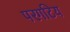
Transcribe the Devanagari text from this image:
परगटिय